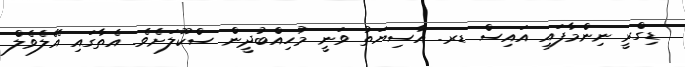
ޑިގްރީ ނިންމާފައި އައިސް ޑރ. އާސިޔަތު ވަނީ މުހިއްބުދީން ސްކޫލަށެވެ. އެތާގައި އޭލެވެލް